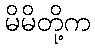
မိမိတို့က